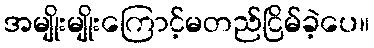
အမျိုးမျိုးကြောင့်မတည်ငြိမ်ခဲ့ပေ။